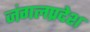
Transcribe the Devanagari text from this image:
जंगलप्रदेश